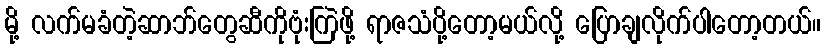
မို့ လက်မခံတဲ့ဆာဘ်တွေဆီကိုဗုံးကြဲဖို့ ရာဇသံပို့တော့မယ်လို့ ပြောချလိုက်ပါတော့တယ်။